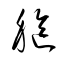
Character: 軀